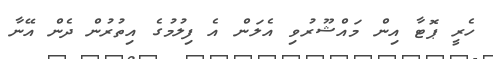
ހެރީ ޕޮޓާ އިން މައްޝޫރުވި އެލަން އެ ފިލުމުގެ އިތުރުން ދެން އޭނާ